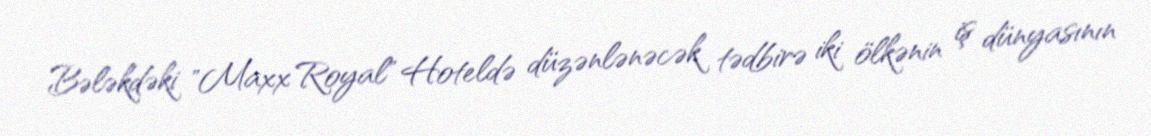
Bələkdəki "Maxx Royal" Hoteldə düzənlənəcək tədbirə iki ölkənin iş dünyasının